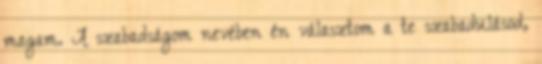
magam. A szabadságom nevében én választom a te szabadulásod,